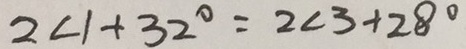
2 \angle 1 + 3 2 ^ { \circ } = 2 \angle 3 + 2 8 ^ { \circ }